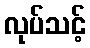
လုပ်သင့်